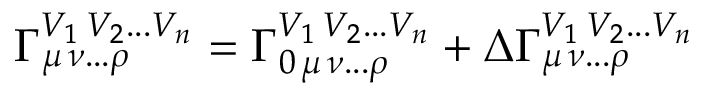
\Gamma _ { \mu \, \nu . . . \rho } ^ { V _ { 1 } \, V _ { 2 } . . . V _ { n } } = \Gamma _ { 0 \, \mu \, \nu . . . \rho } ^ { V _ { 1 } \, V _ { 2 } . . . V _ { n } } + \Delta \Gamma _ { \mu \, \nu . . . \rho } ^ { V _ { 1 } \, V _ { 2 } . . . V _ { n } }